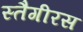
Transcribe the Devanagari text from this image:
स्तैगीरस